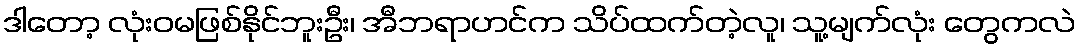
ဒါတော့ လုံးဝမဖြစ်နိုင်ဘူးဦး၊ အီဘရာဟင်က သိပ်ထက်တဲ့လူ၊ သူ့မျက်လုံး တွေကလဲ